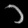
Digit: ၁